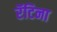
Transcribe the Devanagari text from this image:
रॅटिना